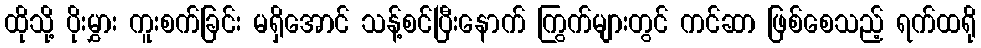
ထိုသို့ ပိုးမွှား ကူးစက်ခြင်း မရှိအောင် သန့်စင်ပြီးနောက် ကြွက်များတွင် ကင်ဆာ ဖြစ်စေသည့် ရက်ထရို